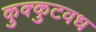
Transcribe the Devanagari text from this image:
कुक्कुटवध